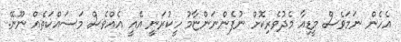
އެހެން ނަމަވެސް މީޑިއާ މެދުވެރިކޮށް ނުފެންނަންޏާމު ހީކުރަނީ އެއީ އެއްވެސް މަސައްކަތެއް ނޫނޭ.